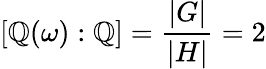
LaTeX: [\mathbb{Q}(\omega):\mathbb{Q}]={\frac{|G|}{|H|}}=2